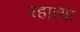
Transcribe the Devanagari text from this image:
रहात्या